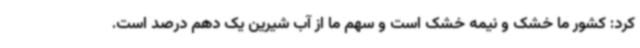
کرد: کشور ما خشک و نیمه خشک است و سهم ما از آب شیرین یک دهم درصد است.